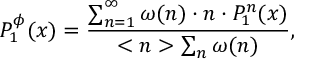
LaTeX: P _ { 1 } ^ { \phi } ( x ) = \frac { \sum _ { n = 1 } ^ { \infty } \omega ( n ) \cdot n \cdot P _ { 1 } ^ { n } ( x ) } { < n > \sum _ { n } \omega ( n ) } ,